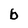
Character: b